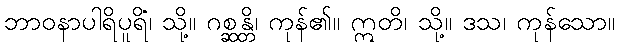
ဘာဝနာပါရိပူရိံ၊ သို့။ ဂစ္ဆန္တိ၊ ကုန်၏။ ဣတိ၊ သို့။ ဒသ၊ ကုန်သော။